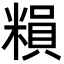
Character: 𥻱